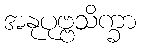
အနုပုဗ္ဗသိက္ခာ